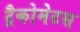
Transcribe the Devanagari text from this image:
ट्रैकोमेटस